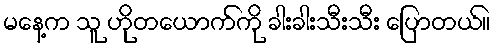
မနေ့က သူ ဟိုတယောက်ကို ခါးခါးသီးသီး ပြောတယ်။